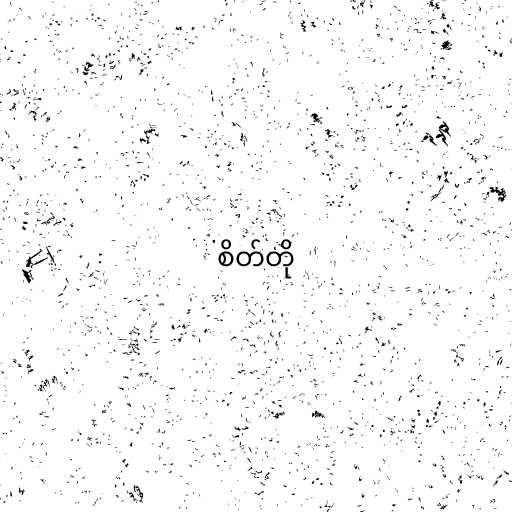
စိတ်တို